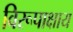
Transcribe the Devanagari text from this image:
विरूपाक्षाय